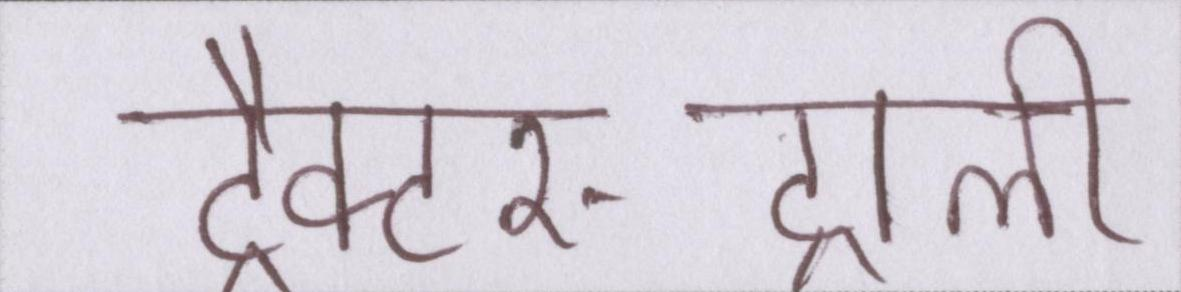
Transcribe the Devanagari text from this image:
ट्रैक्टर-ट्राली